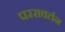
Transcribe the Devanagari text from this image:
पररावर्तन